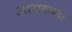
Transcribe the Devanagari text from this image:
आयव्यय